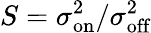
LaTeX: S=\sigma_{\textrm{on}}^{2}/\sigma_{\textrm{off}}^{2}